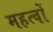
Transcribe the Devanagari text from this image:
महत्वों